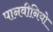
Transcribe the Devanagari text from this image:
पानवीनियो